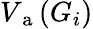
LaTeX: V_{\mathrm{~a~}}(G_{i})